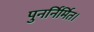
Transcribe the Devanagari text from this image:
पुनर्निर्मित।